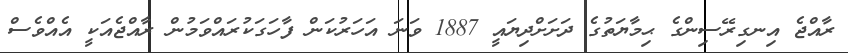
ރާއްޖެ އިނގިރޭސިންގެ ޙިމާޔަތުގެ ދަށަށްދިޔައީ 1887 ވަނަ އަހަރުކަން ފާހަގަކުރައްވަމުން ރާއްޖެއަކީ އެއްވެސް